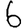
Digit: 6